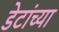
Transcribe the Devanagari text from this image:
डेटांच्या